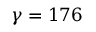
\gamma = 1 7 6